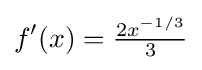
f'(x)={\tfrac {2x^{-1/3}}{3}}